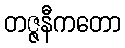
တဇ္ဇနီကတော